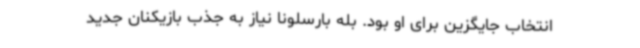
انتخاب جایگزین برای او بود. بله بارسلونا نیاز به جذب بازیکنان جدید